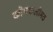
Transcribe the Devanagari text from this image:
कोमकलीमठ